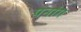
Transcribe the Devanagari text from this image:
पनांग